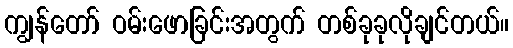
ကျွန်တော် ဝမ်းဖောခြင်းအတွက် တစ်ခုခုလိုချင်တယ်။